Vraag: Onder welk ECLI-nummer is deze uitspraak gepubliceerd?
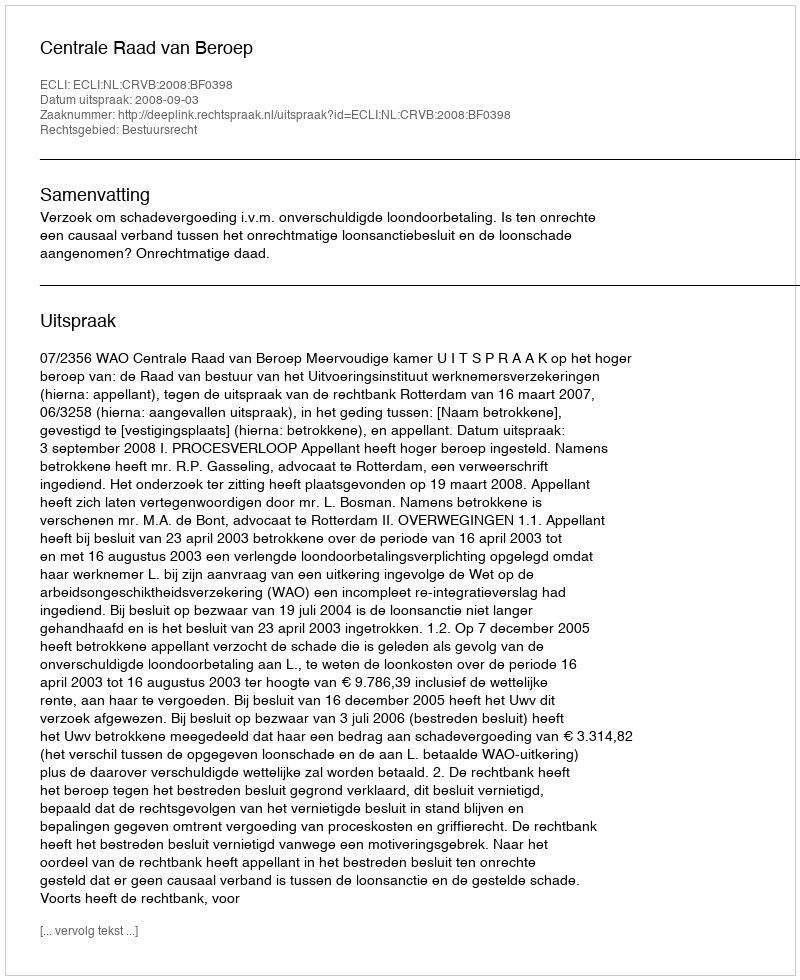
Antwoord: ECLI:NL:CRVB:2008:BF0398